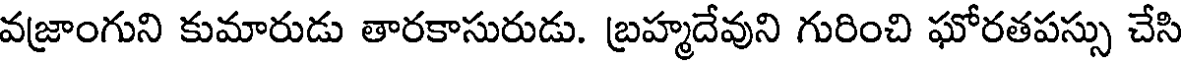
వజ్రాంగుని కుమారుడు తారకాసురుడు. బ్రహ్మదేవుని గురించి ఘోరతపస్సు చేసి